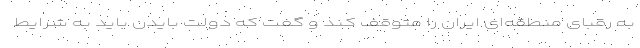
به رقبای منطقه‌ای ایران را متوقف کند و گفت که دولت بایدن باید به شرایط